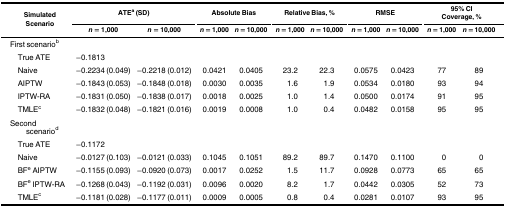
<table><thead><tr><td rowspan="2"><b>Simulated Scenario</b></td><td colspan="2"><b>ATE<sup>a</sup> (SD)</b></td><td colspan="2"><b>Absolute Bias</b></td><td colspan="2"><b>Relative Bias, %</b></td><td colspan="2"><b>RMSE</b></td><td colspan="2"><b>95% CICoverage, %</b></td></tr><tr><td><b><i>n</i> = 1,000</b></td><td><b><i>n</i> = 10,000</b></td><td><b><i>n</i> = 1,000</b></td><td><b><i>n</i> = 10,000</b></td><td><b><i>n</i> = 1,000</b></td><td><b><i>n</i> = 10,000</b></td><td><b><i>n</i> = 1,000</b></td><td><b><i>n</i> = 10,000</b></td><td><b><i>n</i> = 1,000</b></td><td><b><i>n</i> = 10,000</b></td></tr></thead><tbody><tr><td>First scenario<sup>b</sup></td><td></td><td></td><td></td><td></td><td></td><td></td><td></td><td></td><td></td><td></td></tr><tr><td> True ATE</td><td>−0.1813</td><td></td><td></td><td></td><td></td><td></td><td></td><td></td><td></td><td></td></tr><tr><td> Naive</td><td>−0.2234 (0.049)</td><td>−0.2218 (0.012)</td><td>0.0421</td><td>0.0405</td><td>23.2</td><td>22.3</td><td>0.0575</td><td>0.0423</td><td>77</td><td>89</td></tr><tr><td> AIPTW</td><td>−0.1843 (0.053)</td><td>−0.1848 (0.018)</td><td>0.0030</td><td>0.0035</td><td>1.6</td><td>1.9</td><td>0.0534</td><td>0.0180</td><td>93</td><td>94</td></tr><tr><td> IPTW-RA</td><td>−0.1831 (0.050)</td><td>−0.1838 (0.017)</td><td>0.0018</td><td>0.0025</td><td>1.0</td><td>1.4</td><td>0.0500</td><td>0.0174</td><td>91</td><td>95</td></tr><tr><td> TMLE<sup>c</sup></td><td>−0.1832 (0.048)</td><td>−0.1821 (0.016)</td><td>0.0019</td><td>0.0008</td><td>1.0</td><td>0.4</td><td>0.0482</td><td>0.0158</td><td>95</td><td>95</td></tr><tr><td>Second scenario<sup>d</sup></td><td></td><td></td><td></td><td></td><td></td><td></td><td></td><td></td><td></td><td></td></tr><tr><td> True ATE</td><td>−0.1172</td><td></td><td></td><td></td><td></td><td></td><td></td><td></td><td></td><td></td></tr><tr><td> Naive</td><td>−0.0127 (0.103)</td><td>−0.0121 (0.033)</td><td>0.1045</td><td>0.1051</td><td>89.2</td><td>89.7</td><td>0.1470</td><td>0.1100</td><td>0</td><td>0</td></tr><tr><td> BF<sup>e</sup> AIPTW</td><td>−0.1155 (0.093)</td><td>−0.0920 (0.073)</td><td>0.0017</td><td>0.0252</td><td>1.5</td><td>11.7</td><td>0.0928</td><td>0.0773</td><td>65</td><td>65</td></tr><tr><td> BF<sup>e</sup> IPTW-RA</td><td>−0.1268 (0.043)</td><td>−0.1192 (0.031)</td><td>0.0096</td><td>0.0020</td><td>8.2</td><td>1.7</td><td>0.0442</td><td>0.0305</td><td>52</td><td>73</td></tr><tr><td> TMLE<sup>c</sup></td><td>−0.1181 (0.028)</td><td>−0.1177 (0.011)</td><td>0.0009</td><td>0.0005</td><td>0.8</td><td>0.4</td><td>0.0281</td><td>0.0107</td><td>93</td><td>95</td></tr></tbody></table>